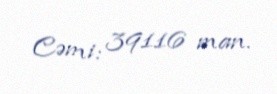
Cəmi: 39116 man.